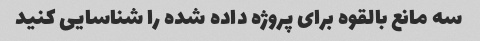
سه مانع بالقوه برای پروژه داده شده را شناسایی کنید